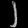
Digit: ၂